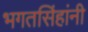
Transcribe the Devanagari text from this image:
भगतसिंहांनी